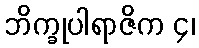
ဘိက္ခုပါရာဇိက ၄၊